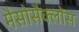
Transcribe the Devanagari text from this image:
मैसोसैक्लोंस